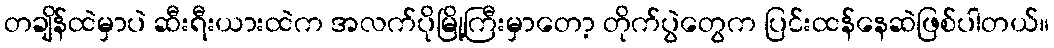
တချိန်ထဲမှာပဲ ဆီးရီးယားထဲက အလက်ပိုမြို့ကြီးမှာတော့ တိုက်ပွဲတွေက ပြင်းထန်နေဆဲဖြစ်ပါတယ်။